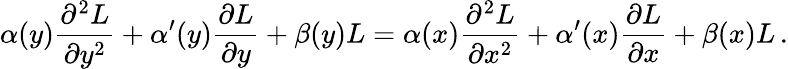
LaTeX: \alpha(y){\frac{\partial^{2}L}{\partial y^{2}}}+\alpha^{\prime}(y){\frac{\partial L}{\partial y}}+\beta(y)L=\alpha(x){\frac{\partial^{2}L}{\partial x^{2}}}+\alpha^{\prime}(x){\frac{\partial L}{\partial x}}+\beta(x)L\, .